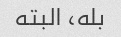
بله، البته